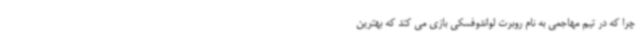
چرا که در تیم مهاجمی به نام روبرت لواندوفسکی بازی می کند که بهترین